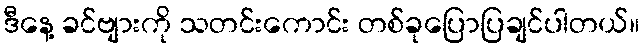
ဒီနေ့ ခင်ဗျားကို သတင်းကောင်း တစ်ခုပြောပြချင်ပါတယ်။